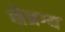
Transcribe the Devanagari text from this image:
क्षेत्रग्य